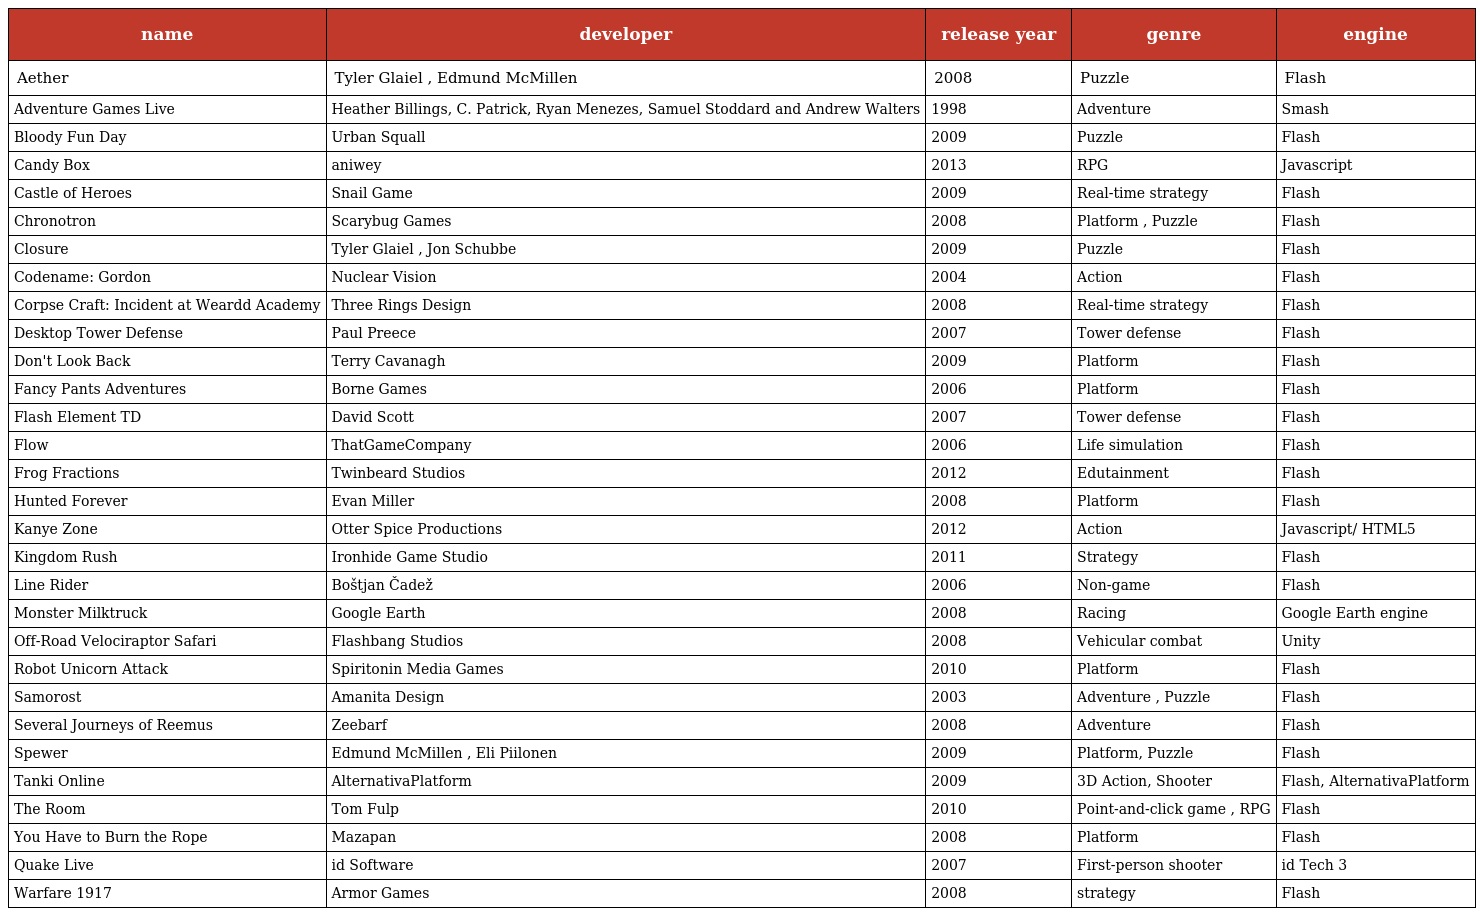
| name | developer | release year | genre | engine |
 | --- | --- | --- | --- | --- |
 | Aether | Tyler Glaiel , Edmund McMillen | 2008 | Puzzle | Flash |
 | Adventure Games Live | Heather Billings, C. Patrick, Ryan Menezes, Samuel Stoddard and Andrew Walters | 1998 | Adventure | Smash |
 | Bloody Fun Day | Urban Squall | 2009 | Puzzle | Flash |
 | Candy Box | aniwey | 2013 | RPG | Javascript |
 | Castle of Heroes | Snail Game | 2009 | Real-time strategy | Flash |
 | Chronotron | Scarybug Games | 2008 | Platform , Puzzle | Flash |
 | Closure | Tyler Glaiel , Jon Schubbe | 2009 | Puzzle | Flash |
 | Codename: Gordon | Nuclear Vision | 2004 | Action | Flash |
 | Corpse Craft: Incident at Weardd Academy | Three Rings Design | 2008 | Real-time strategy | Flash |
 | Desktop Tower Defense | Paul Preece | 2007 | Tower defense | Flash |
 | Don't Look Back | Terry Cavanagh | 2009 | Platform | Flash |
 | Fancy Pants Adventures | Borne Games | 2006 | Platform | Flash |
 | Flash Element TD | David Scott | 2007 | Tower defense | Flash |
 | Flow | ThatGameCompany | 2006 | Life simulation | Flash |
 | Frog Fractions | Twinbeard Studios | 2012 | Edutainment | Flash |
 | Hunted Forever | Evan Miller | 2008 | Platform | Flash |
 | Kanye Zone | Otter Spice Productions | 2012 | Action | Javascript/ HTML5 |
 | Kingdom Rush | Ironhide Game Studio | 2011 | Strategy | Flash |
 | Line Rider | Boštjan Čadež | 2006 | Non-game | Flash |
 | Monster Milktruck | Google Earth | 2008 | Racing | Google Earth engine |
 | Off-Road Velociraptor Safari | Flashbang Studios | 2008 | Vehicular combat | Unity |
 | Robot Unicorn Attack | Spiritonin Media Games | 2010 | Platform | Flash |
 | Samorost | Amanita Design | 2003 | Adventure , Puzzle | Flash |
 | Several Journeys of Reemus | Zeebarf | 2008 | Adventure | Flash |
 | Spewer | Edmund McMillen , Eli Piilonen | 2009 | Platform, Puzzle | Flash |
 | Tanki Online | AlternativaPlatform | 2009 | 3D Action, Shooter | Flash, AlternativaPlatform |
 | The Room | Tom Fulp | 2010 | Point-and-click game , RPG | Flash |
 | You Have to Burn the Rope | Mazapan | 2008 | Platform | Flash |
 | Quake Live | id Software | 2007 | First-person shooter | id Tech 3 |
 | Warfare 1917 | Armor Games | 2008 | strategy | Flash |